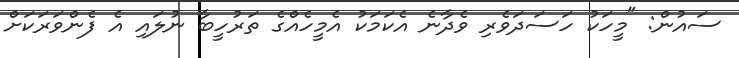
ސައުން: "މީހަކު ހަސަދަވެރި ވެދާނެ އެކަމަކު އެމީހެއްގެ ތަރުހީބާ ނުލައި އެ ފެންވަރަކަށް